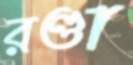
রণ্ডা